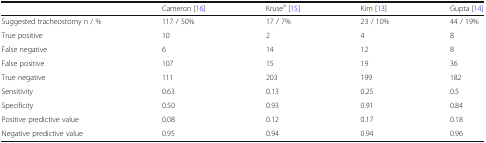
<table><thead><tr><td></td><td><b>Cameron [16]</b></td><td><b>Kruse<sup>a</sup> [15]</b></td><td><b>Kim [13]</b></td><td><b>Gupta [14]</b></td></tr></thead><tbody><tr><td>Suggested tracheostomy n / %</td><td>117 / 50%</td><td>17 / 7%</td><td>23 / 10%</td><td>44 / 19%</td></tr><tr><td>True positive</td><td>10</td><td>2</td><td>4</td><td>8</td></tr><tr><td>False negative</td><td>6</td><td>14</td><td>12</td><td>8</td></tr><tr><td>False positive</td><td>107</td><td>15</td><td>19</td><td>36</td></tr><tr><td>True negative</td><td>111</td><td>203</td><td>199</td><td>182</td></tr><tr><td>Sensitivity</td><td>0.63</td><td>0.13</td><td>0.25</td><td>0.5</td></tr><tr><td>Specificity</td><td>0.50</td><td>0.93</td><td>0.91</td><td>0.84</td></tr><tr><td>Positive predictive value</td><td>0.08</td><td>0.12</td><td>0.17</td><td>0.18</td></tr><tr><td>Negative predictive value</td><td>0.95</td><td>0.94</td><td>0.94</td><td>0.96</td></tr></tbody></table>